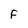
Character: F